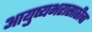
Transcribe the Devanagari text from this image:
आयुष्यभरासाठीचा